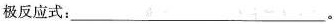
极反应式：___。